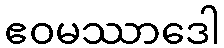
ဧဝမဿာဒေါ